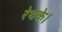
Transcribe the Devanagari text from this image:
रेथके।